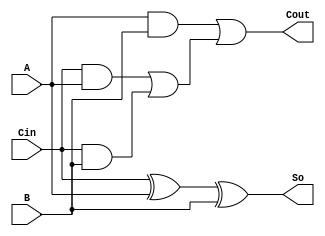
module FullAdder(
		input A,
		input B,
		input Cin,
		output So,
		output Cout
	);
	
	wire net1, net2, net3, net4, net5;
	xor u0(net1, Cin, A);
	xor u1(So, net1, B);
	
	and u2(net2, Cin, A);
	and u3(net3, Cin, B);
	and u4(net4, A, B);

    or u5(net5, net2, net3);
    or u6(Cout, net4, net5);
    
endmodule